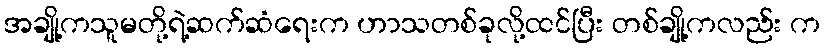
အချို့ကသူမတို့ရဲ့ဆက်ဆံရေးက ဟာသတစ်ခုလို့ထင်ပြီး တစ်ချို့ကလည်း က